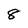
Character: 8